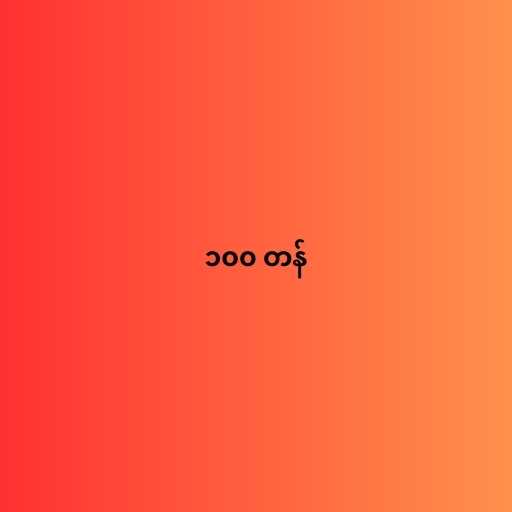
၁၀၀ တန်